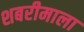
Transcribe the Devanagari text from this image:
शबरीमाला